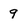
Character: 9